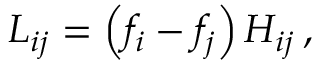
L _ { i j } = \left( f _ { i } - f _ { j } \right) H _ { i j } \, ,